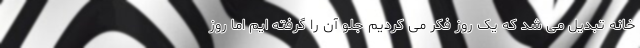
خانه تبدیل می شد که یک روز فکر می کردیم جلو آن را گرفته ایم اما روز